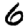
Digit: 6